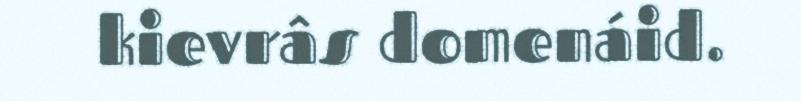
kievrâs domenáid.